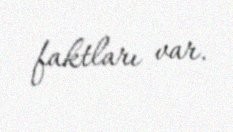
faktları var.